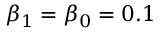
\beta _ { 1 } = \beta _ { 0 } = 0 . 1